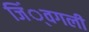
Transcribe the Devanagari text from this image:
जिं्वगली